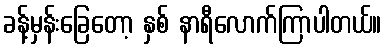
ခန့်မှန်းခြေတော့ နှစ် နာရီလောက်ကြာပါတယ်။